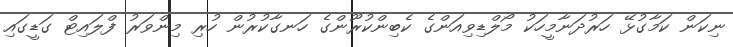
ނިކަން ކަމާގުޅޭ ހަރުދަނާމީހަކު މޯލްޑިވިއަންގެ ކެބިންކުރޫންގެ ހަނގާކުރުން ހުރި މިންވަރު ފްލައިޓް ގަޑީގައި